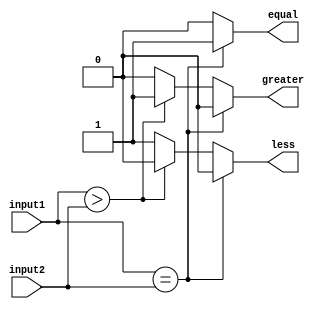
module comparator (
    input [7:0] input1,
    input [7:0] input2,
    output reg equal,
    output reg greater,
    output reg less
);

always @* begin
    if (input1 == input2) begin
        equal = 1;
        greater = 0;
        less = 0;
    end else if (input1 > input2) begin
        equal = 0;
        greater = 1;
        less = 0;
    end else begin
        equal = 0;
        greater = 0;
        less = 1;
    end
end

endmodule